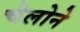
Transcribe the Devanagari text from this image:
चेलोने